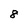
Character: 8